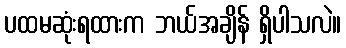
ပထမဆုံးရထားက ဘယ်အချိန် ရှိပါသလဲ။